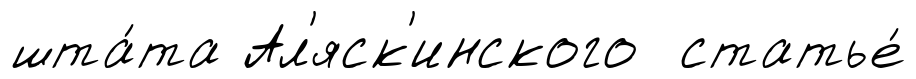
шта́та Ал'яск'инского статье́